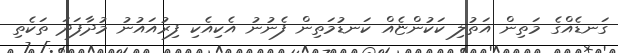
ގަނޑެއްގެ މަތިން އަތުލި ކަކުންޏެއް ކަނޑުމަތިން ފެނުނު އެކިއެކި ފިރުއައުނު މުދާފަދަ ތަކެތި